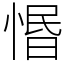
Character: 惽